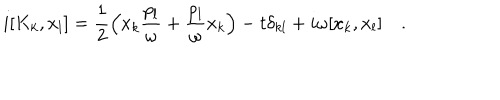
i [ K _ { k } , x _ { l } ] = \frac { 1 } { 2 } \left( x _ { k } \frac { p _ { l } } { \omega } + \frac { p _ { l } } { \omega } x _ { k } \right) - t \delta _ { k l } + i \omega [ x _ { k } , x _ { l } ] ~ .